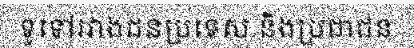
ទូទៅរវាងជនប្រទេស និងប្រជាជន